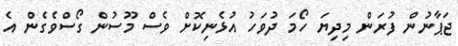
ޖަޕާނުން ފުރަން މިދިޔަ ހޯމަ ދުވަހު އުޅެނިކޮށް ވެސް މޫސުން ގޯސްވެގެން އެ